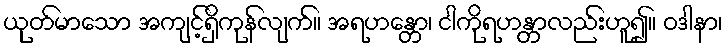
ယုတ်မာသော အကျင့်ရှိကုန်လျက်။ အရဟန္တော၊ ငါကိုရဟန္တာလည်းဟူ၍။ ဝဒါနာ၊